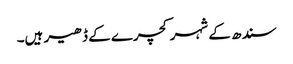
سندھ کے شہر کچرے کے ڈھیر ہیں۔